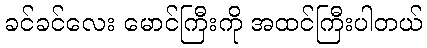
ခင်ခင်လေး မောင်ကြီးကို အထင်ကြီးပါတယ်